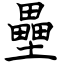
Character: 壘